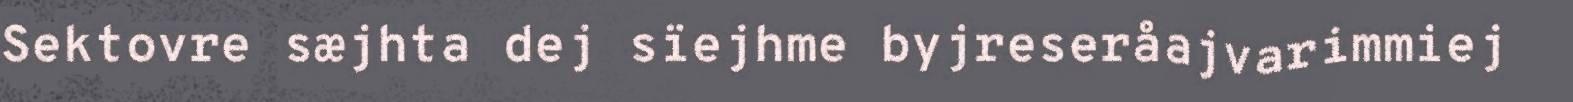
Sektovre sæjhta dej sïejhme byjreseråajvarimmiej